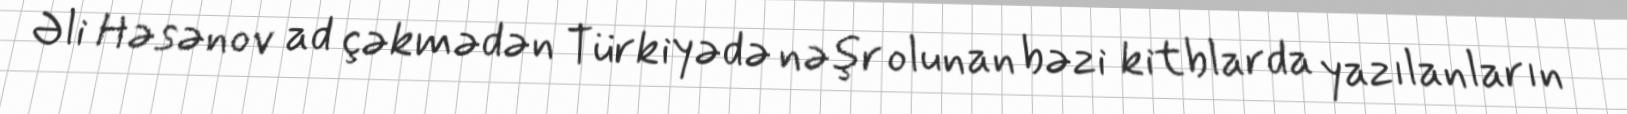
Əli Həsənov ad çəkmədən Türkiyədə nəşr olunan bəzi kitblarda yazılanların